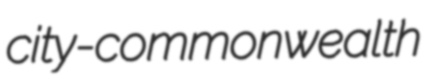
city-commonwealth